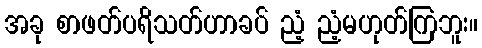
အခု စာဖတ်ပရိသတ်ဟာခပ် ညံ့ ညံ့မဟုတ်ကြဘူး။